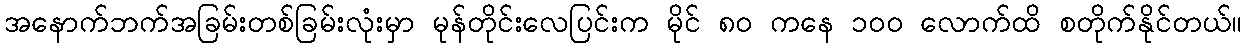
အနောက်ဘက်အခြမ်းတစ်ခြမ်းလုံးမှာ မုန်တိုင်းလေပြင်းက မိုင် ၈၀ ကနေ ၁၀၀ လောက်ထိ စတိုက်နိုင်တယ်။